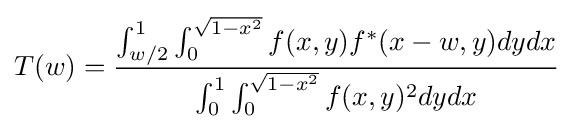
T(w)={\frac {\int _{w/2}^{1}\int _{0}^{\sqrt {1-x^{2}}}f(x,y)f^{*}(x-w,y)dydx}{\int _{0}^{1}\int _{0}^{\sqrt {1-x^{2}}}f(x,y)^{2}dydx}}